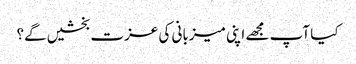
کیا آپ مجھے اپنی میزبانی کی عزت بخشیں گے؟